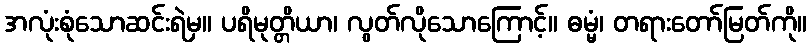
အလုံးစုံသောဆင်းရဲမှ။ ပရိမုတ္တိယာ၊ လွတ်လိုသောကြောင့်။ ဓမ္မံ၊ တရားတော်မြတ်ကို။